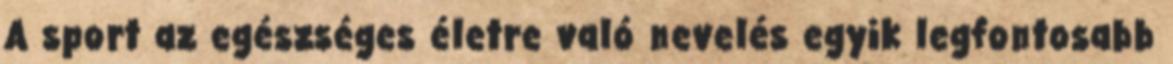
A sport az egészséges életre való nevelés egyik legfontosabb